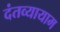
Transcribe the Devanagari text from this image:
दंतव्यायाम